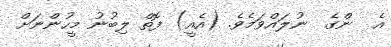
އެ  ންގެ  ނުލައްވަމެވެ. (އެއީ) ފޮތް ލިބުނު މީހުންނަށް